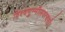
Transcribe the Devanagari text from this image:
विश्वमुन्मीलयत्यसौ।